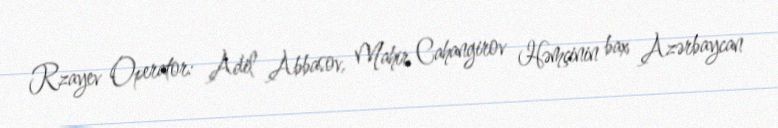
Rzayev Operator: Adil Abbasov, Mahir Cahangirov Həmçinin bax Azərbaycan